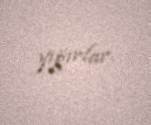
yığırlar.